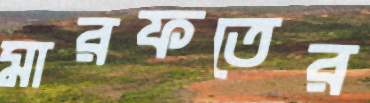
মারফতের